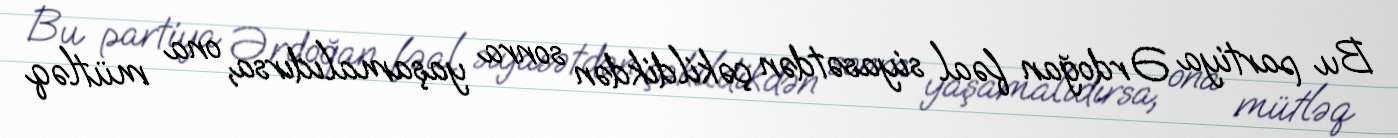
Bu partiya Ərdoğan fəal siyasətdən çəkildikdən sonra yaşamalıdırsa, ona mütləq